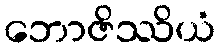
ဘောဇိဿိယံ